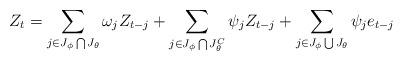
LaTeX: \begin{align*}Z_{t}=\sum_{j\in J_{\phi}\bigcap J_{\theta}}\omega_{j} Z_{t-j} + \sum_{j\in J_{\phi}\bigcap J_{\theta}^C}\psi_{j} Z_{t-j} + \sum_{j \in J_{\phi}\bigcup J_{\theta}}\psi_j e_{t-j}\end{align*}